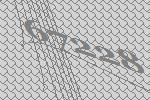
67228